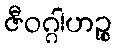
ဇီဝဂ္ဂါဟဉ္စ